Indian Medical Review
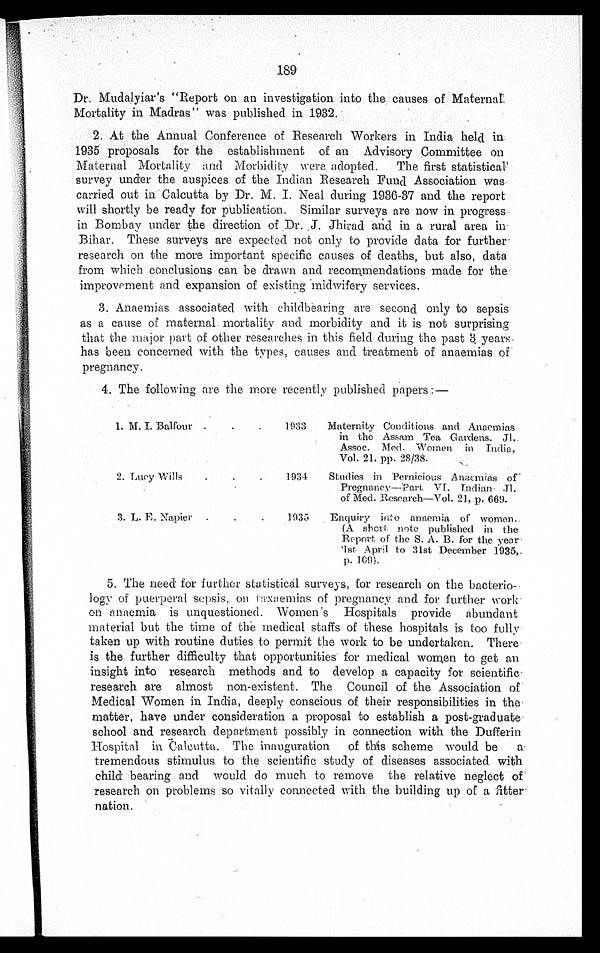
189
Dr. Mudalyiar's "Report on an investigation into the causes of Maternal
Mortality in Madras" was published in 1932.
2. At the Annual Conference of Research Workers in India held in
1935 proposals for the establishment of an Advisory Committee on
Maternal Mortality and Morbidity were adopted. The first statistical
survey under the auspices of the Indian Research Fund Association was
carried out in Calcutta by Dr. M. I. Neal during 1936-37 and the report
will shortly be ready for publication. Similar surveys are now in progress
in Bombay under the direction of Dr.J. Jhirad and in a rural area in
Bihar. These surveys are expected not only to provide data for further
research on the more important specific causes of deaths, but also, data
from which conclusions can be drawn and recommendations made for the
improvement and expansion of existing midwifery services.
3. Anaemias associated with childbearing are second only to sepsis
as a cause of maternal mortality and morbidity and it is not surprising
that the major part of other researches in this field during the past 3 years
has been concerned with the types, causes and treatment of anaemias of
pregnancy.
4 . T h e f o l l o w i n g a r e t h e m o r e r e c e n t l y p u b l i s h e d p a p e r s : —
1. M. I. Balfour . . .
1933 Maternity Conditions and Anaemias
in the Assam Tea Gardens. Jl.
Assoc. Med. Women in India
, Vol. 21. pp. 28/38.
2. Lucy Wills . . .
1934
Studies in Pernicious Anaemias of
Pregnancy—Part VT. Indian Jl.
of Med. Research—Vol. 21, p. 669.
3. L. E. Napier . . .
1935 Enquiry into anaemia of women.
(A short note published in the
Report of the S. A. B. for the year
1st April to 31st December 1935,.
p. 109).
5. The need for further statistical surveys, for research on the bacterio
-logy of puerperal sepsis, on taxaemias of pregnancy and for further work
on anaemia is unquestioned. Women's Hospitals provide abundant
material but the time of the medical staffs of these hospitals is too fully
taken up with routine duties to permit the work to be undertaken. There
is the further difficulty that opportunities for medical women to get an
insight into research methods and to develop a capacity for scientific
research are almost non-existent. The Council of the Association of
Medical Women in India, deeply conscious of their responsibilities in the
matter, have under consideration a proposal to establish a post-graduate
school and research department possibly in connection with the Dufferin
Hospital in Calcutta. The inauguration of this scheme would be a
tremendous stimulus to the scientific study of diseases associated with
child bearing and would do much to remove the relative neglect of
research on problems so vitally connected with the building up of a fitter
n a t i o n .